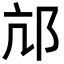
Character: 邟